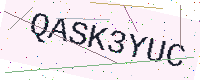
Text: QASK3YUC